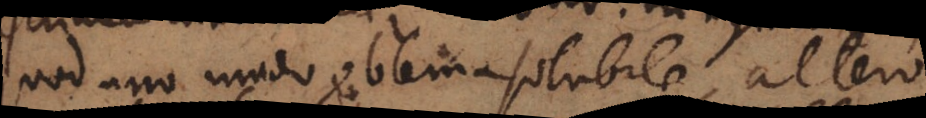
quod uno modo problema solubile, altero